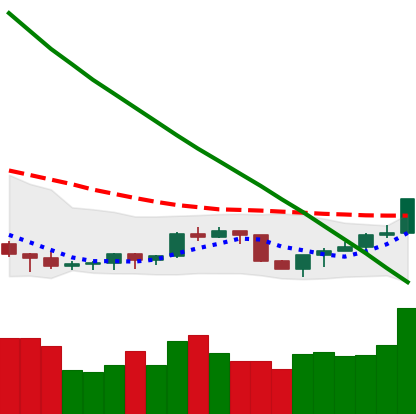
Ticker: NEO-USD
Chart end date: 2022-07-18
Forward return: -3.977%
Label: down_3_5